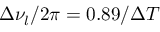
\Delta \nu _ { l } / { 2 \pi } = 0 . 8 9 / \Delta T